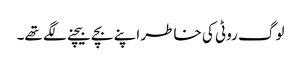
لوگ روٹی کی خاطر اپنے بچے بیچنے لگے تھے۔